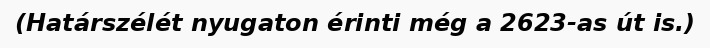
(Határszélét nyugaton érinti még a 2623-as út is.)